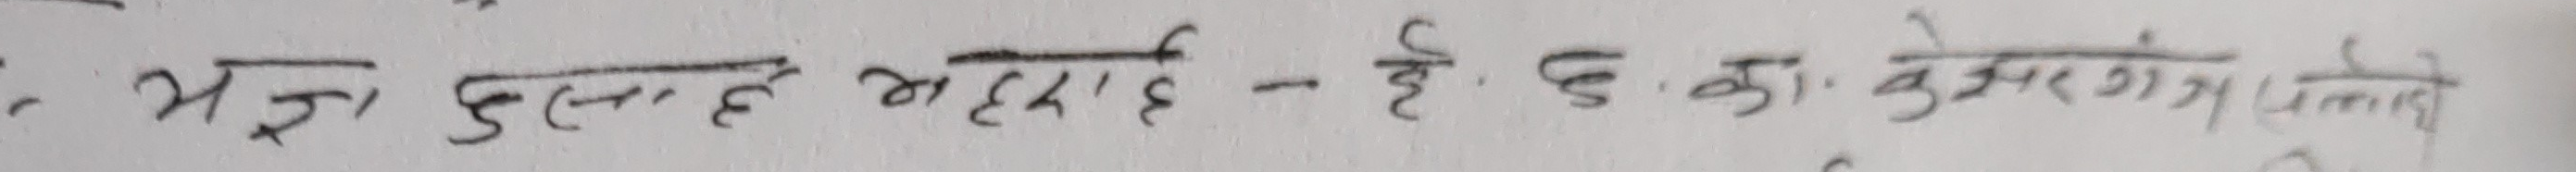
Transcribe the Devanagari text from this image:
यता कुशलै छ । यता -ई. ई. ए. को कुसरंग भन्ने